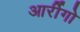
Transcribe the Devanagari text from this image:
आर्रीगो